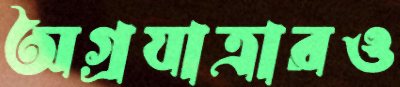
অগ্রযাত্রারও